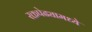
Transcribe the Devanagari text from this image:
रक्तपेढ्यामध्ये